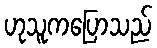
ဟုသူကပြောသည်